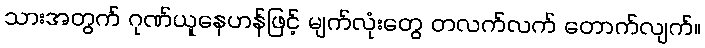
သားအတွက် ဂုဏ်ယူနေဟန်ဖြင့် မျက်လုံးတွေ တလက်လက် တောက်လျက်။